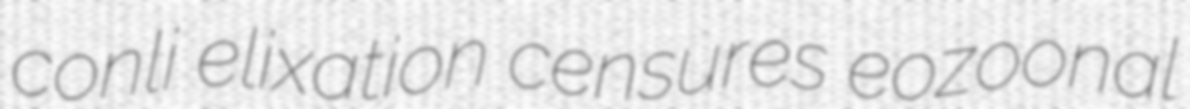
conli elixation censures eozoonal